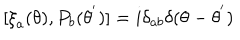
LaTeX: [ { \xi } _ { a } ( \theta ) , P _ { b } ( { \theta } ^ { ' } ) ] = i { \delta } _ { a b } { \delta } ( \theta - { \theta } ^ { ' } )